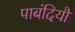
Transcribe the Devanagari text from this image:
पाबंदियौं